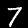
Digit: 7